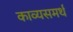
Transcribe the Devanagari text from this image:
काव्यसमर्थ